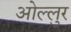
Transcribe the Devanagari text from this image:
ओल्लुर